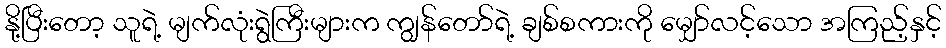
နို့ပြီးတော့ သူရဲ့ မျက်လုံးရွဲကြီးများက ကျွန်တော်ရဲ့ ချစ်စကားကို မျှော်လင့်သော အကြည့်နှင့်